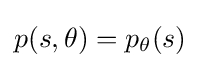
p(s,\theta )=p_{\theta }(s)